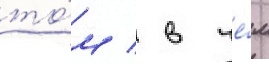
то́м / в че́м